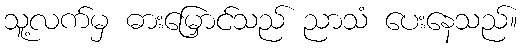
သူ့လက်မှ ဓားမြှောင်သည် ညာသံ ပေးနေသည်။